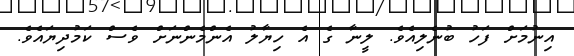
އިނުމަށް ފަހު ބުނެލިއެވެ. ލީނާ ގެ އެ ހިޔާލު އެންމެންނަށް ވެސް ކަމުދިޔައެވެ.